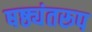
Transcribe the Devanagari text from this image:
षष्ठ्यंतरूप